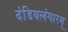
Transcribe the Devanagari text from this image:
दंडियलंगारम्